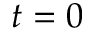
t = 0